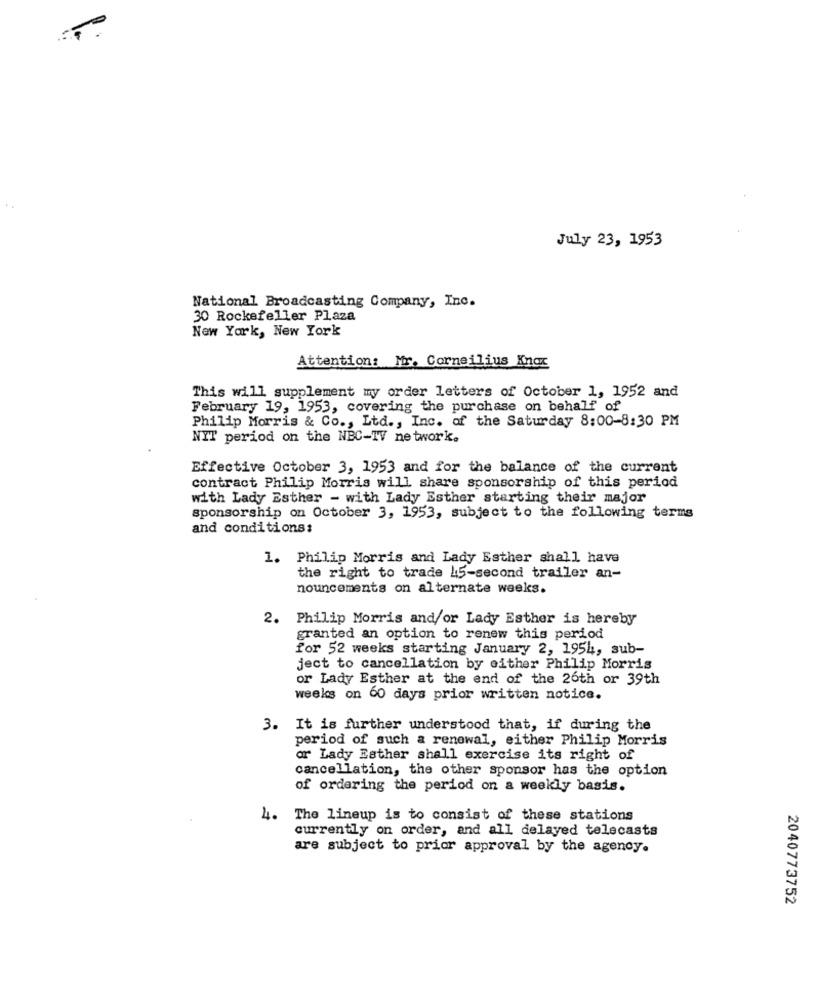
July 23, 1953
National Broadcasting Company, Inc.
30 Rockefeller Plaza
New York, New York
Attention: Mr. Corneilius Knox
This will supplement my order letters of October 1, 1952 and
February 19, 1953, covering the purchase on behalf of
Philip Morris & Co ., Ltd ., Inc. of the Saturday 8:00-8:30 PM
NIT period on the NBC-TV network.
Effective October 3, 1953 and for the balance of the current
contract Philip Morris will share sponsorship of this period
with Lady Esther - with Lady Esther starting their major
sponsorship on October 3, 1953, subject to the following terms
and conditions:
1. Philip Morris and Lady Esther shall have
the right to trade 45-second trailer an-
nouncements on alternate weeks.
2. Philip Morris and/or Lady Esther is hereby
granted an option to renew this period
for 52 weeks starting January 2, 1954, sub-
ject to cancellation by either Philip Morris
or Lady Esther at the end of the 26th or 39th
weeks on 60 days prior written notice.
3. It is further understood that, if during the
period of such a renewal, either Philip Morris
or Lady Esther shall exercise its right of
cancellation, the other sponsor has the option
of ordering the period on a weekly basis.
4.
The lineup is to consist of these stations
currently on order, and all delayed telecasts
are subject to prior approval by the agency.
2040773752